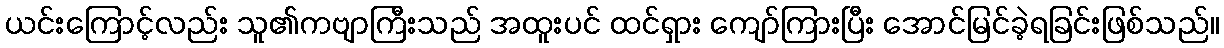
ယင်းကြောင့်လည်း သူ၏ကဗျာကြီးသည် အထူးပင် ထင်ရှား ကျော်ကြားပြီး အောင်မြင်ခဲ့ရခြင်းဖြစ်သည်။